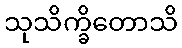
သုသိက္ခိတောသိ